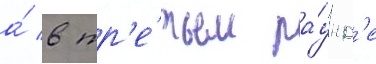
а́ в тр'е́тьем ра́унд'е